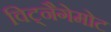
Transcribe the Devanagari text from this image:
विट्नैगेमोट